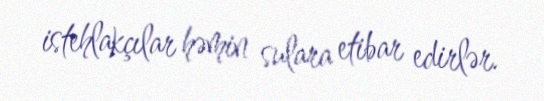
istehlakçılar həmin sulara etibar edirlər.